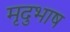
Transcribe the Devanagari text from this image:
मृदुभाष